Lunatic asylums Burma 1922-24 - 1922-1924
Year: 1922
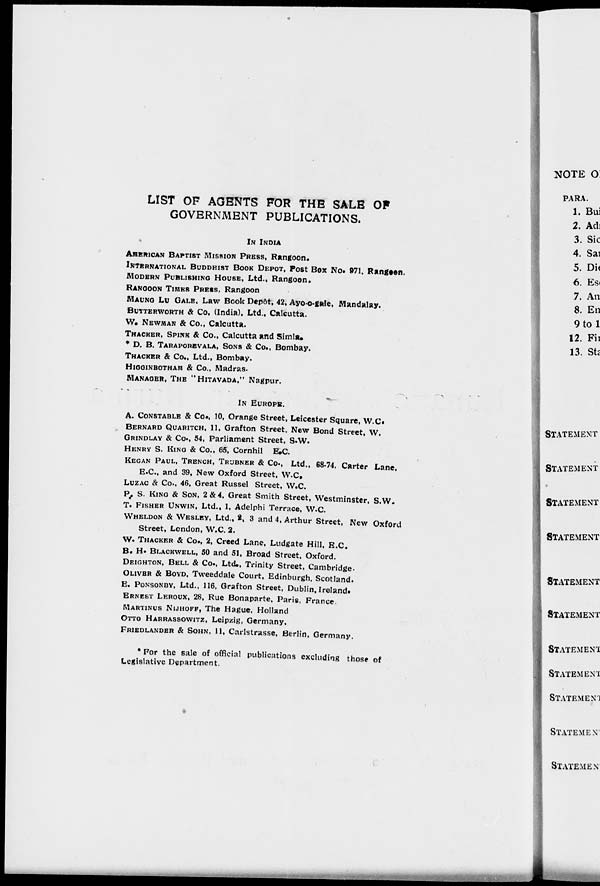
LIST OF AGENTS FOR THE SALE OF
GOVERNMENT PUBLICATIONS.
IN INDIA
AMERICAN BAPTIST MISSION PRESS, Rangoon.
INTERNATIONAL BUDDHIST BOOK DEPOT, Post Box No. 971. Rangoon.
MODERN PUBLISHING HOUSE, Ltd., Rangoon.
RANGOON TIMES PRESS, Rangoon
MAUNG LU GALE, Law Book Depôt, 42, Ayo-o-gale, Mandalay.
BUTTERWORTH & Co, (India), Ltd., Calcutta.
W. NEWMAN & Co., Calcutta.
THACKER, SPINK & Co., Calcutta and Simla.
* D. B. TARAPOREVALA, SONS & Co., Bombay.
THACKER & Co., Ltd., Bombay.
HIGGINBOTHAM & Co., Madras.
MANAGER, THE "HITAVADA," Nagpur.
IN EUROPE.
A. CONSTABLE & Co., 10, Orange Street, Leicester Square, W.C.
BERNARD QUARITCH, 11, Grafton Street, New Bond Street, W.
GRINDLAY & Co., 54, Parliament Street, S.W.
HENRY S. KING & Co., 65, Cornhil E.C.
KEGAN PAUL, TRENCH, TRUBNER & Co., Ltd., 68-74. Carter Lane,
E.C., and 39, New Oxford Street. W.C.
LUZAC & Co., 46, Great Russel Street, W.C.
P. S. KING & SON, 2 & 4, Great Smith Street, Westminster, S.W.
T. FISHER UNWIN, Ltd., 1, Adelphi Terrace, W.C.
WHELDON & WESLEY, Ltd., 2, 3 and 4, Arthur Street, New Oxford
Street, London, W.C. 2.
W. THACKER & Co., 2, Creed Lane, Ludgate Hill, E.C.
B. H. BLACKWELL, 50 and 51, Broad Street, Oxford.
DEIGHTON, BELL & Co., Ltd., Trinity Street, Cambridge.
OLIVER & BOYD, Tweeddale Court, Edinburgh, Scotland.
E. PONSONBY, Ltd., 116, Grafton Street, Dublin. Ireland.
ERNEST LEROUX, 28, Rue Bonaparte, Paris, France.
MARTINUS NIJHOFF, The Hague, Holland
OTTO HARRASSOWITZ, Leipzig, Germany.
FRIEDLANDER & SOHN, 11, Carlstrasse, Berlin, Germany.
* For the sale of official publications excluding those of
Legislative Department.